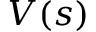
V ( s )